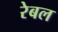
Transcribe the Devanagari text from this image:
रेबल